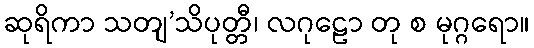
ဆုရိကာ သတျ’သိပုတ္တီ၊ လဂုဠော တု စ မုဂ္ဂရော။